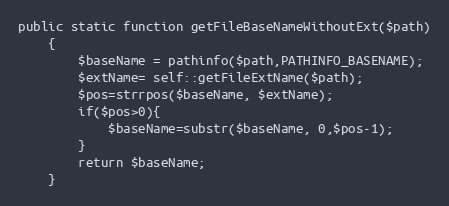
Language: PHP
public static function getFileBaseNameWithoutExt($path)
    {
        $baseName = pathinfo($path,PATHINFO_BASENAME);
        $extName= self::getFileExtName($path);
        $pos=strrpos($baseName, $extName);
        if($pos>0){
            $baseName=substr($baseName, 0,$pos-1);
        }
        return $baseName;
    }